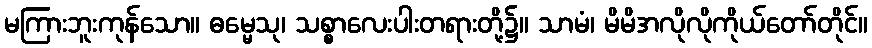
မကြားဘူးကုန်သော။ ဓမ္မေသု၊ သစ္စာလေးပါးတရားတို့၌။ သာမံ၊ မိမိအလိုလိုကိုယ်တော်တိုင်။